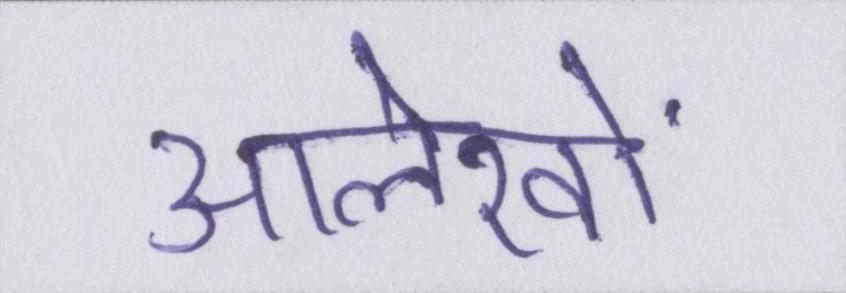
आलेखों